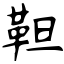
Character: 靼